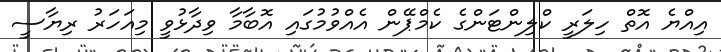
އިއްޔެ އޮތް ހިލަރީ ކްލިންޓަންގެ ކެމްޕޭން އެއްވުމުގައި އޮބާމާ ވިދާޅުވީ މިއަހަރު ރިޔާސީ